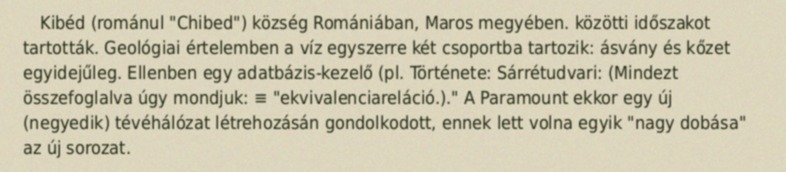
Kibéd (románul "Chibed") község Romániában, Maros megyében. közötti időszakot tartották. Geológiai értelemben a víz egyszerre két csoportba tartozik: ásvány és kőzet egyidejűleg. Ellenben egy adatbázis-kezelő (pl. Története: Sárrétudvari: (Mindezt összefoglalva úgy mondjuk: ≡ "ekvivalenciareláció.)." A Paramount ekkor egy új (negyedik) tévéhálózat létrehozásán gondolkodott, ennek lett volna egyik "nagy dobása" az új sorozat.